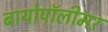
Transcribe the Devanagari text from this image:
बायोपॉलीमर